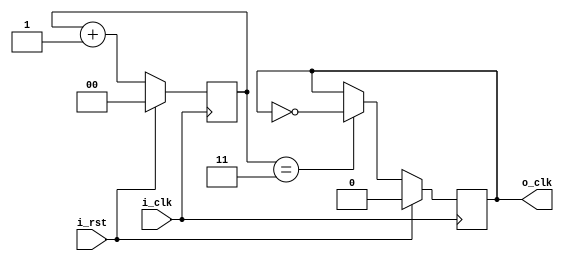
module clock_div (
    input i_rst,
    input i_clk,
    output reg o_clk
);

    reg [1:0] cnt;
    always @(posedge i_clk) begin
        if (i_rst)
            cnt <= 2'b00;
        else
            cnt <= cnt + 1;
    end

    always @(posedge i_clk) begin
        if (i_rst)
            o_clk <= 1'b0;
        else if (cnt == 2'b11)
            o_clk <= ~o_clk;
        else
            o_clk <= o_clk;
    end

endmodule